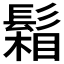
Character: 𩮌